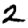
Digit: 2